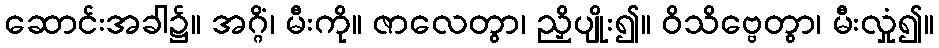
ဆောင်းအခါ၌။ အဂ္ဂိံ၊ မီးကို။ ဇာလေတွာ၊ ညှိပျိုး၍။ ဝိသိဗ္ဗေတွာ၊ မီးလှုံ၍။